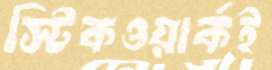
স্টিকওয়ার্কই